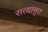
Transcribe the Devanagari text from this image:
सत्यामृत